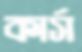
কার্স